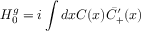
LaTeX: H _ { 0 } ^ { g } = i \int d x C ( x ) \bar { C } _ { + } ^ { \prime } ( x )